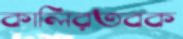
কালিরতবক